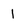
Character: 1